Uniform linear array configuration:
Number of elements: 4
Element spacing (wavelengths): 0.5
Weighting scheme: blackman
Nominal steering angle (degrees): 60
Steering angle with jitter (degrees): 58.488
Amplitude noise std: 0.05
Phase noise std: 0.05

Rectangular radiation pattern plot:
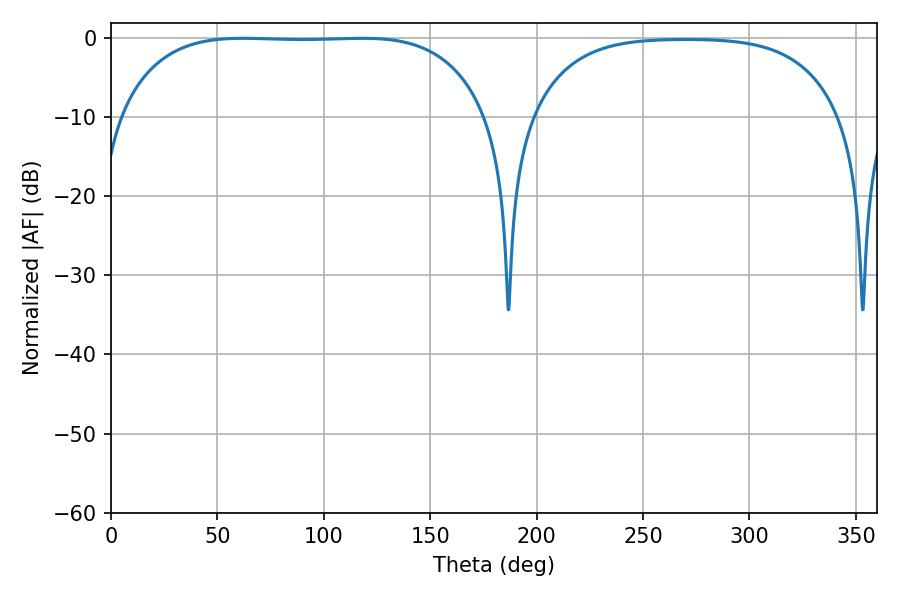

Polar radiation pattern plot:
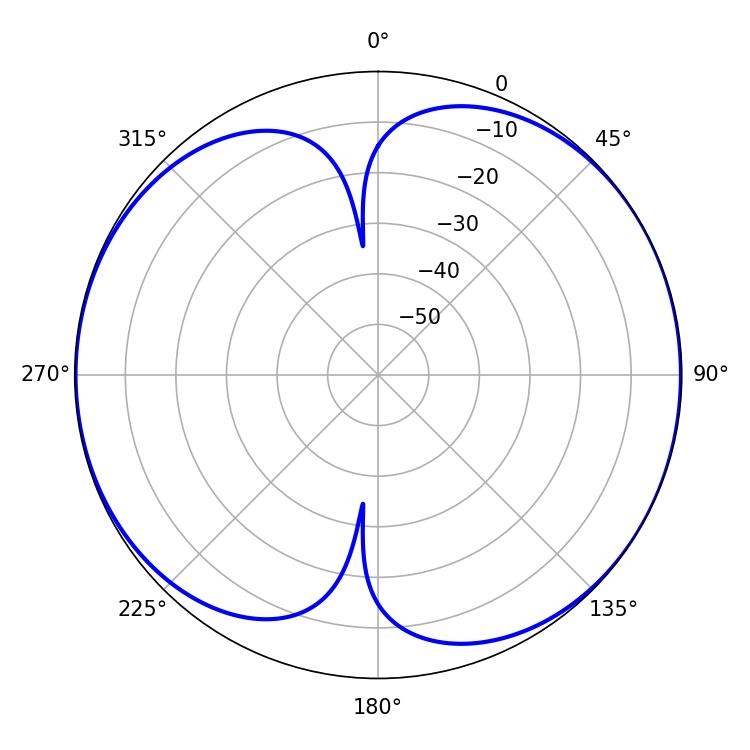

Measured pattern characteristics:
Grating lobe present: FALSE
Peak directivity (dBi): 7.919
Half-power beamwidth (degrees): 135
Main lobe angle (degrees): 61.92